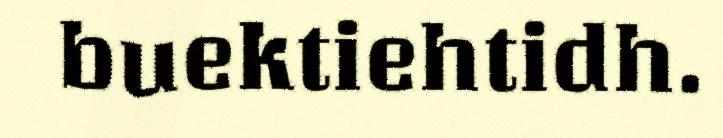
buektiehtidh.